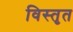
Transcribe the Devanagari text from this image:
विस्‍तृत